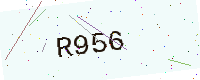
Text: R956